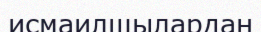
исмаилшылардан